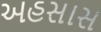
અહસાસ